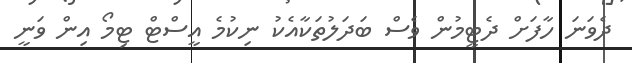
ދެވަނަ ހާފަށް ދެޓީމުން ވެސް ބަދަލުތަކާއެކު ނިކުމެ އީސްޓް ޓިމޯ އިން ވަނީ